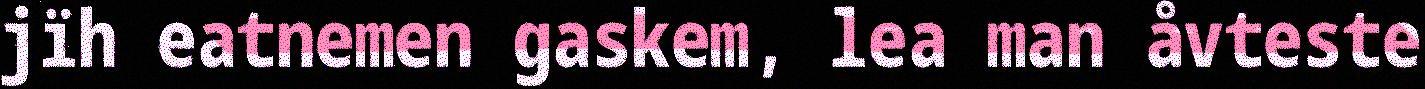
jïh eatnemen gaskem, lea man åvteste